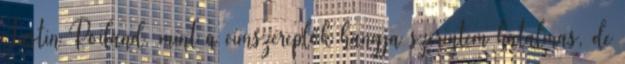
Justin Roiland, mint a címszereplők hangja szerintem hatalmas, de